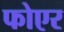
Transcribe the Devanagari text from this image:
फोएर